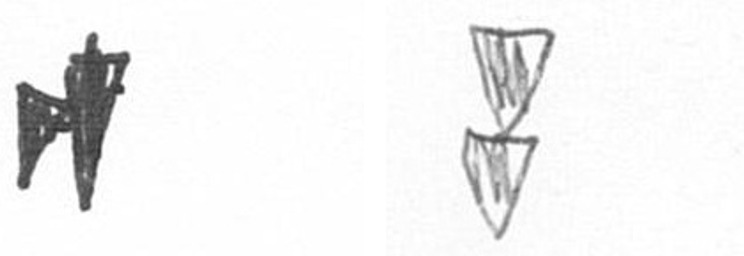
M Z